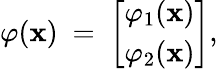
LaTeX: \varphi(\mathbf{x})\ =\ {\varphi_{1}(\mathbf{x})\brack\varphi_{2}(\mathbf{x})},